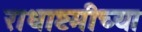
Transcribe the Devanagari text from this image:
राधाष्टमीच्या